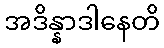
အဒိန္နာဒါနေတိ